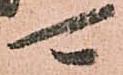
可